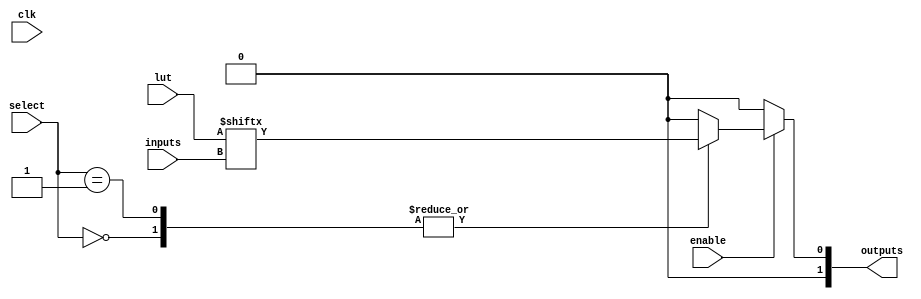
module combinational_logic_block #
(
    parameter N_INPUTS = 4,          // Number of input signals
    parameter N_OUTPUTS = 2,         // Number of output signals
    parameter LUT_SIZE = 2**N_INPUTS  // Size of the LUT (2^N_INPUTS)
)
(
    input wire [N_INPUTS-1:0] inputs, // Input signals
    input wire [LUT_SIZE-1:0] lut,     // LUT for combinational logic
    input wire [N_OUTPUTS-1:0] select, // Select lines for multiplexer
    input wire enable,                  // Control signal to enable outputs
    output reg [N_OUTPUTS-1:0] outputs, // Output signals
    input wire clk                      // Clock signal (optional for synchronous control)
);

// Local variable to hold LUT result
reg [N_OUTPUTS-1:0] lut_result;

// Generate the LUT output based on inputs
always @(*) begin
    lut_result = lut[inputs]; // Access the LUT using input signals to get output
end

// Control the output based on the enable signal and select lines
always @(*) begin
    if (enable) begin
        case (select)
            2'b00: outputs = lut_result; // Output from LUT directly
            2'b01: outputs = {lut_result[N_OUTPUTS-1:1], lut_result[0]}; // Example output manipulation
            default: outputs = 'b0; // Default case
        endcase
    end else begin
        outputs = 'b0; // Idle state for outputs when not enabled
    end
end

endmodule